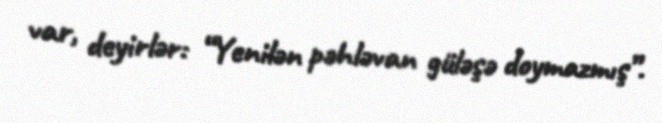
var, deyirlər: “Yenilən pəhləvan güləşə doymazmış”.